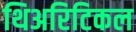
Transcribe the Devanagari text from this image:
थिअरिटिकल